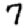
Digit: 7